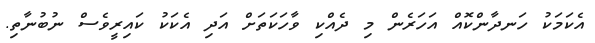
އެކަމަކު ހަނދާންކޮއް އަހަރެން މި ދެއްކި ވާހަކަތަށް އަދި އެކަކު ކައިރީވެސް ނުބުނާތި.